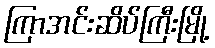
ကြာအင်းဆိပ်ကြီးမြို့